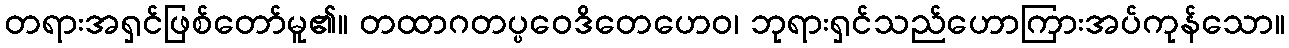
တရားအရှင်ဖြစ်တော်မူ၏။ တထာဂတပ္ပဝေဒိတေဟေဝ၊ ဘုရားရှင်သည်ဟောကြားအပ်ကုန်သော။